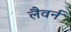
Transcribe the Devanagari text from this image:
लैवर्न